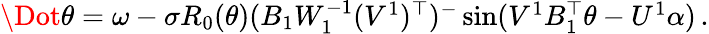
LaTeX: \begin{array}{r}{\Dot{\theta}=\omega-\sigma R_{0}(\theta)(B_{1}W_{1}^{-1}(V^{1})^{\top})^{-}\sin(V^{1}B_{1}^{\top}\theta-U^{1}\alpha)\, .}\end{array}